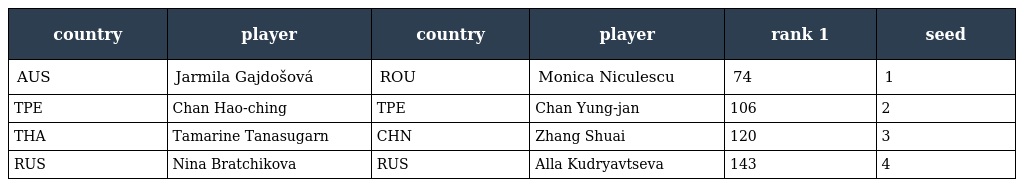
| country | player | country | player | rank 1 | seed |
 | --- | --- | --- | --- | --- | --- |
 | AUS | Jarmila Gajdošová | ROU | Monica Niculescu | 74 | 1 |
 | TPE | Chan Hao-ching | TPE | Chan Yung-jan | 106 | 2 |
 | THA | Tamarine Tanasugarn | CHN | Zhang Shuai | 120 | 3 |
 | RUS | Nina Bratchikova | RUS | Alla Kudryavtseva | 143 | 4 |